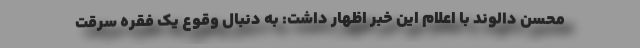
محسن دالوند با اعلام این خبر اظهار داشت: به دنبال وقوع یک فقره سرقت